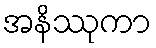
အနိဿုကာ